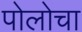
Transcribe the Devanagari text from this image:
पोलोचा